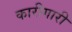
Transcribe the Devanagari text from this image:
कारीगारी